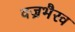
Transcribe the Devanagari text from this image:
वज्रभैरव